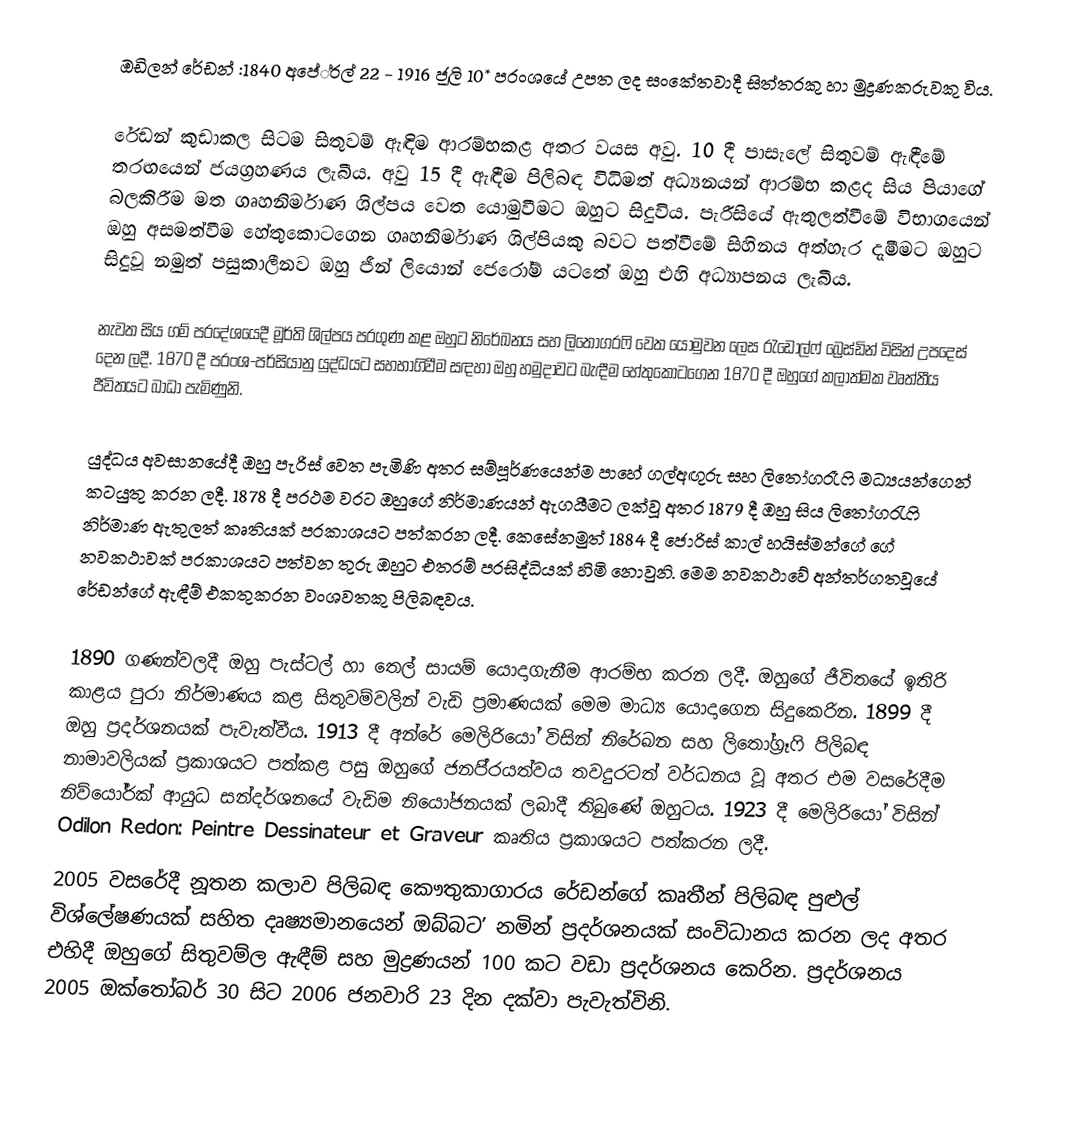
ඔඩිලන් රේඩන් :1840 අපේ‍්‍රල් 22 - 1916 ජූලි 10* ප‍්‍රංශයේ උපත ලද සංකේතවාදී සිත්තරකු හා මුද්‍රණකරුවකු විය.

රේඩන් කුඩාකල සිටම සිතුවම් ඇඳිම ආරම්භකළ අතර වයස අවු. 10 දී පාසැලේ සිතුවම් ඇඳීමේ තරඟයෙන් ජයග‍්‍රහණය ලැබීය. අවු 15 දී ඇඳීම පිලිබඳ විධිමත් අධ්‍යනයන් ආරම්භ කළද සිය පියාගේ බලකිරීම මත ගෘහනිර්මාණ ශිල්පය වෙත යොමුවීමට ඔහුට සිදුවිය. පැරීසියේ ඇතුලත්වීමේ විභාගයෙන් ඔහු අසමත්වීම හේතුකොටගෙන ගෘහනිර්මාණ ශිල්පියකු බවට පත්වීමේ සිහිනය අත්හැර දැමීමට ඔහුට සිදුවූ නමුත් පසුකාලීනව ඔහු ජීන් ලියොන් ජෙරෝම් යටතේ ඔහු එහි අධ්‍යාපනය ලැබීය.

නැවත සිය ගම් ප‍්‍රදේශයෙදී මූර්ති ශිල්පය ප‍්‍රගුණ කළ ඔහුට නිරේඛනය සහ ලිතෝග‍්‍රෆි වෙත යොමුවන ලෙස රැඩොල්ෆ් බ්‍රෙස්ඩින් විසින් උපදෙස් දෙන ලදී. 1870 දී ප‍්‍රංශ-පර්සියානු යුද්ධයට සහභාගිවීම සඳහා ඔහු හමුදාවට බැඳීම හේතුකොටගෙන 1870 දී ඔහුගේ කලාත්මක වෘත්තීය ජීවිතයට බාධා පැමිණුනි.

යුද්ධය අවසානයේදී ඔහු පැරිස් වෙත පැමිණි අතර සම්පූර්ණයෙන්ම පාහේ ගල්අඟුරු සහ ලිතෝග‍්‍රෑෆි මධ්‍යයන්ගෙන් කටයුතු කරන ලදී. 1878 දී ප‍්‍රථම වරට ඔහුගේ නිර්මාණයන් ඇගයීමට ලක්වූ අතර 1879 දී ඔහු සිය ලිතෝග‍්‍රැෆි නිර්මාණ ඇතුලත් කෘතියක් ප‍්‍රකාශයට පත්කරන ලදී. කෙසේනමුත් 1884 දී ජොරිස් කාල් හයිස්මන්ගේ ගේ නවකථාවක් ප‍්‍රකාශයට පත්වන තුරු ඔහුට එතරම් ප‍්‍රසිද්ධියක් හිමි නොවුනි. මෙම නවකථාවේ අන්තර්ගතවූයේ රේඩන්ගේ ඇඳීම් එකතුකරන වංශවතකු පිලිබඳවය.

1890 ගණන්වලදී ඔහු පැස්ටල් හා තෙල් සායම් යොදාගැනීම ආරම්භ කරන ලදී. ඔහුගේ ජීවිතයේ ඉතිරි කාළය පුරා නිර්මාණය කළ සිතුවම්වලින් වැඩි ප‍්‍රමාණයක් මෙම මාධ්‍ය යොදාගෙන සිදුකෙරින. 1899 දී ඔහු ප‍්‍රදර්ශනයක් පැවැත්වීය. 1913 දී අන්රේ මෙලිරියෝ විසින් නිරේඛන සහ ලිතෝග‍්‍රෑෆි පිලිබඳ නාමාවලියක් ප‍්‍රකාශයට පත්කළ පසු ඔහුගේ ජනපි‍්‍රයත්වය තවදුරටත් වර්ධනය වූ අතර එම වසරේදීම නිව්යෝර්ක් ආයුධ සන්දර්ශනයේ වැඩිම නියෝජනයක් ලබාදී තිබුණේ ඔහුටය. 1923 දී මෙලිරියෝ විසින් Odilon Redon: Peintre Dessinateur et Graveur කෘතිය ප‍්‍රකාශයට පත්කරන ලදී.
2005 වසරේදී නූතන කලාව පිලිබඳ කෞතුකාගාරය රේඩන්ගේ කෘතීන් පිලිබඳ පුළුල් විශ්ලේෂණයක් සහිත දෘෂ්‍යමානයෙන් ඔබ්බට’ නමින් ප‍්‍රදර්ශනයක් සංවිධානය කරන ලද අතර එහිදී ඔහුගේ සිතුවම්ල ඇඳීම් සහ මුද්‍රණයන් 100 කට වඩා ප‍්‍රදර්ශනය කෙරින. ප‍්‍රදර්ශනය 2005 ඔක්තෝබර් 30 සිට 2006 ජනවාරි 23 දින දක්වා පැවැත්විනි.